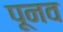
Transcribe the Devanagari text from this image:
पूनव